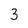
Character: 3